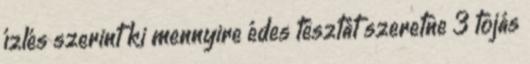
ízlés szerint ki mennyire édes tésztát szeretne 3 tojás